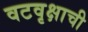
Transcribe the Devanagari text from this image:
वटवृक्षाची